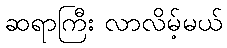
ဆရာကြီး လာလိမ့်မယ်